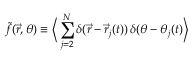
\tilde { f } ( \vec { r } , \theta ) \equiv \Big \langle \sum _ { j = 2 } ^ { N } \delta ( \vec { r } - \vec { r } _ { j } ( t ) ) \, \delta ( \theta - \theta _ { j } ( t ) \Big \rangle